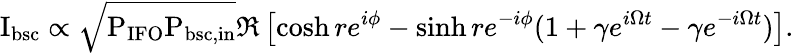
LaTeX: \mathrm{I_{bsc}}\propto\sqrt{\mathrm{P_{IFO}P_{bsc,in}}}\Re\left[\cosh re^{i\phi}-\sinh re^{-i\phi}(1+\gamma e^{i\Omega t}-\gamma e^{-i\Omega t})\right].